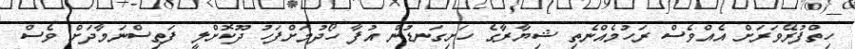
ހިތްފުރޭވަރަށް އެއްވެސް ރަހުމެއްނެތި ޝިޔާރާގެ ހަށިގަނޑުން އުފާ ހޯދުމަށްފަހު ދޫކޮށްލީ ފަތިސްނަމާދަށް ވެސް